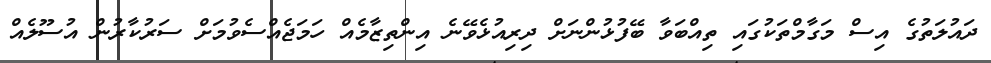
ދައުލަތުގެ އިސް މަގާމްތަކުގައި ތިއްބަވާ ބޭފުޅުންނަށް ދިރިއުޅެވޭނެ އިންތިޒާމެއް ހަމަޖެއްސެވުމަށް ސަރުކާރުން އުސޫލެއް